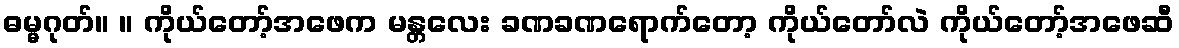
ဓမ္မဂုတ်။ ။ ကိုယ်တော့်အဖေက မန္တလေး ခဏခဏရောက်တော့ ကိုယ်တော်လဲ ကိုယ်တော့်အဖေဆီ